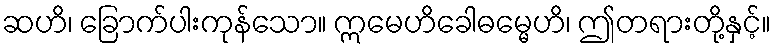
ဆဟိ၊ ခြောက်ပါးကုန်သော။ ဣမေဟိခေါဓမ္မေဟိ၊ ဤတရားတို့နှင့်။